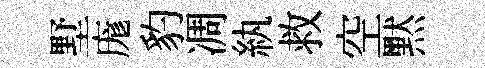
墅庬豹凋紈救空黙